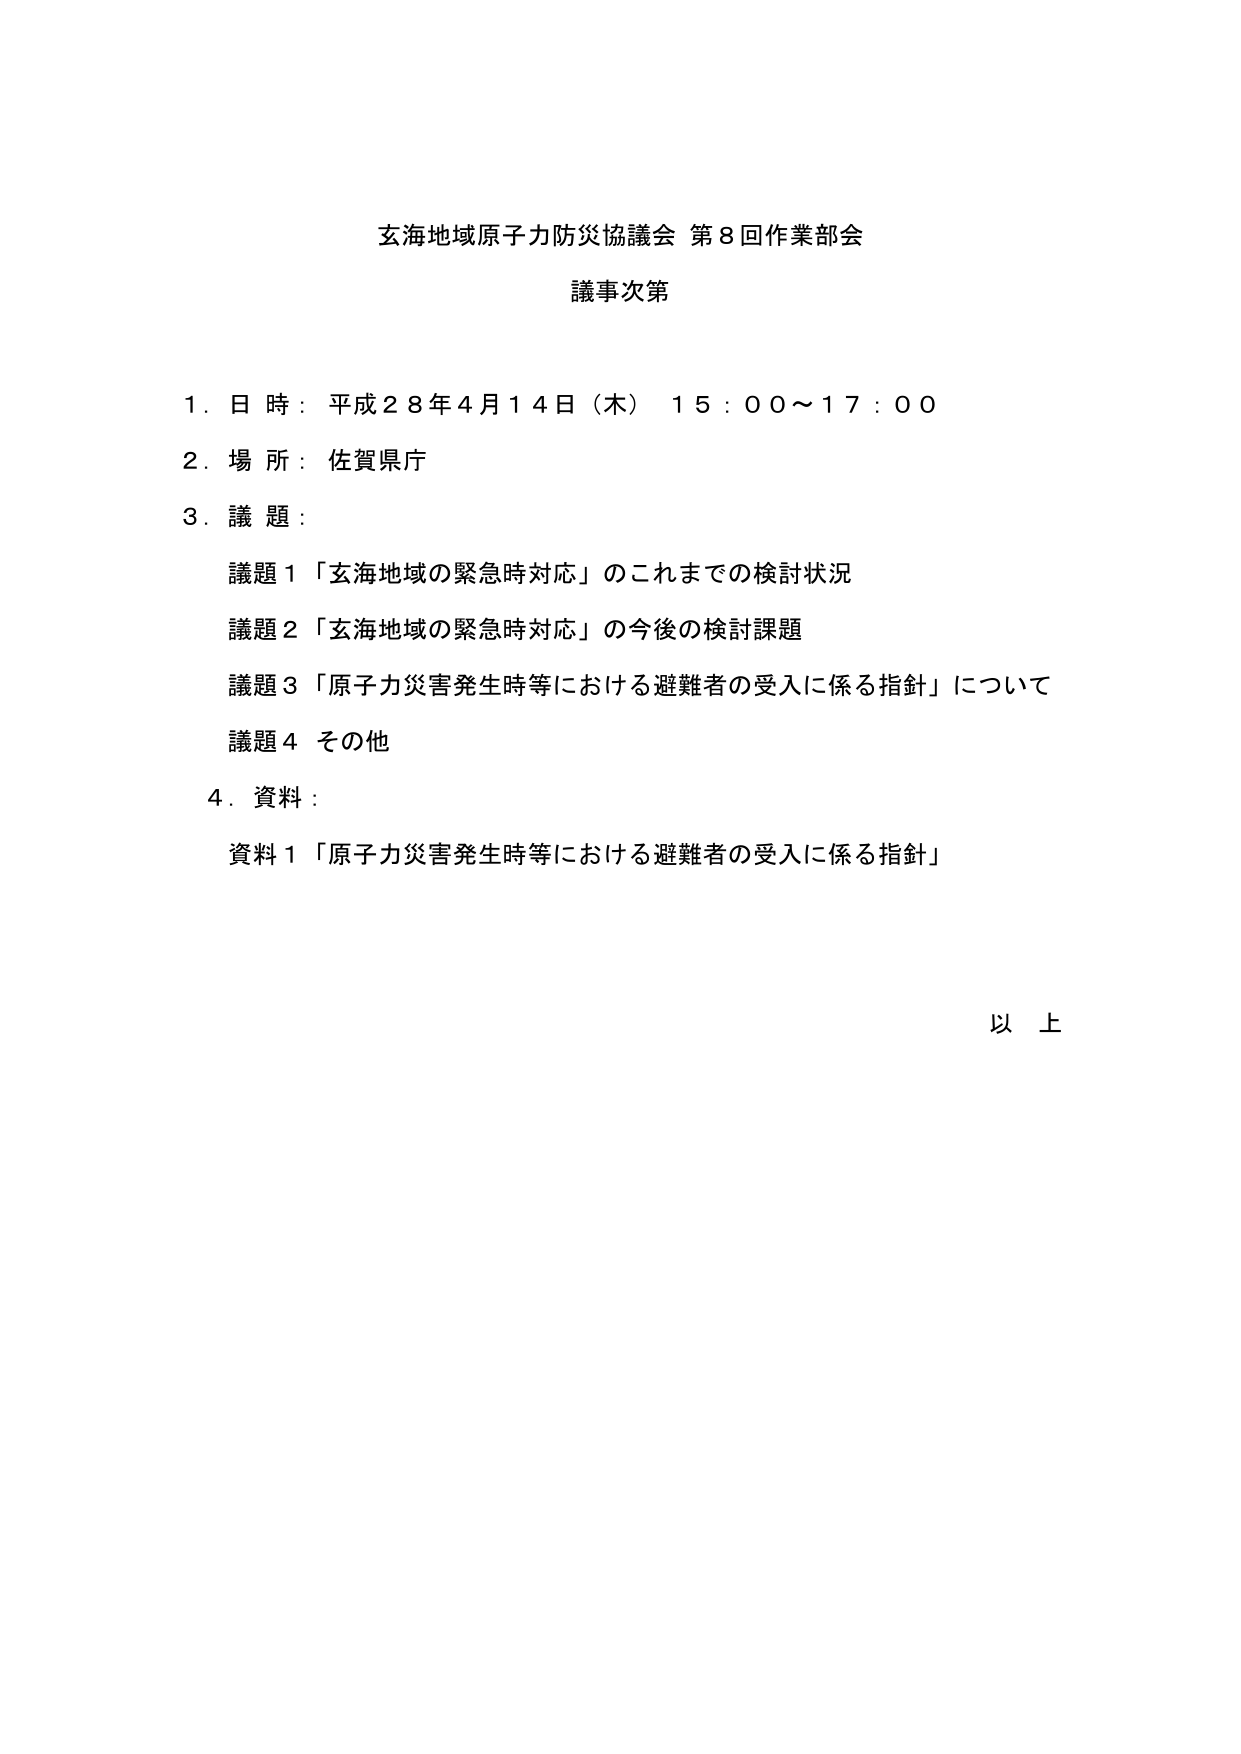
玄海地域原子力防災協議会 第8回作業部会
議事次第

1. 日時：平成28年4月14日（木） 15:00～17:00
2. 場所：佐賀県庁
3. 議題：
　議題1 「玄海地域の緊急時対応」のこれまでの検討状況
　議題2 「玄海地域の緊急時対応」の今後の検討課題
　議題3 「原子力災害発生時等における避難者の受入に係る指針」について
　議題4 その他
4. 資料：
　資料1 「原子力災害発生時等における避難者の受入に係る指針」

以上